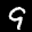
Label: 9